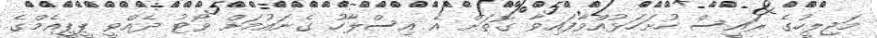
މަޖިލީހުގެ ރައީސް ހުށަހަޅުއްވާފައިވާ ގޮތަށް އެ އިސްލާހު ގެނައުމަށް ވޯޓު ދެއްވީ ޕީޕީއެމްގެ